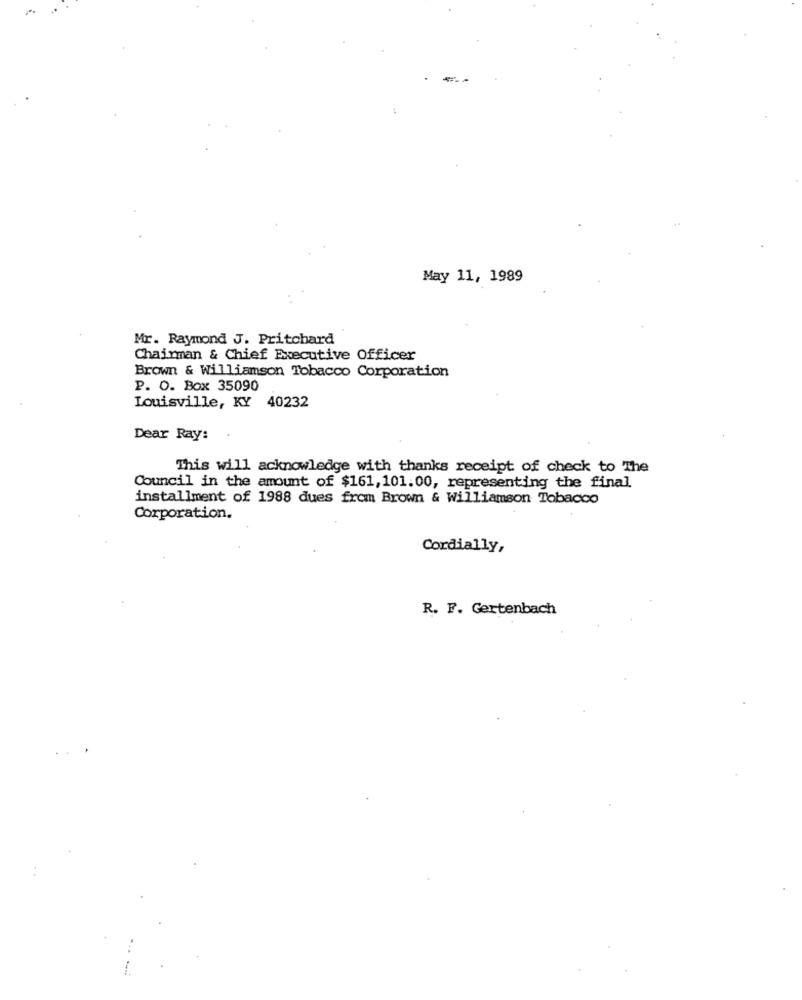
May 11, 1989
Mr. Raymond J. Pritchard
Chairman & Chief Executive Officer
Brown & Williamson Tobacco Corporation
P. O. Box 35090
Louisville, KY 40232
Dear Ray:
This will acknowledge with thanks receipt of check to The
Council in the amount of $161, 101.00, representing the final
installment of 1988 dues from Brown & Williamson Tobacco
Corporation.
Cordially,
R. F. Gertenbach